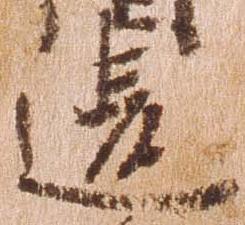
違